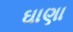
ઘાણા